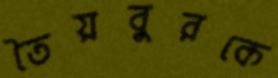
তৈয়বুরকে